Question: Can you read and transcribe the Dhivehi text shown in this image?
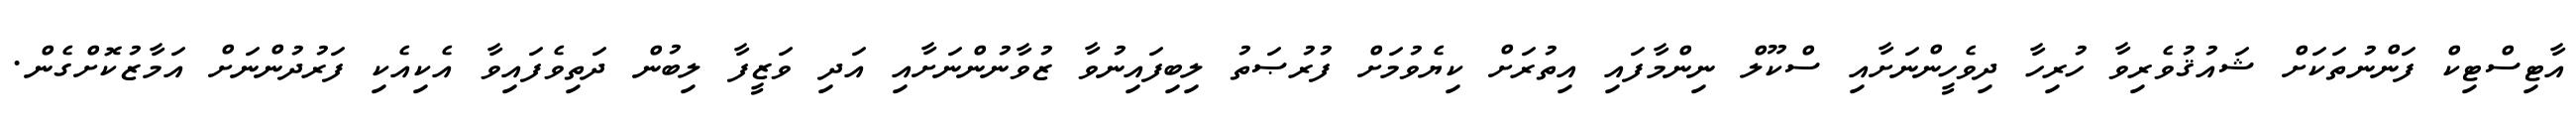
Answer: އާޓިސްޓިކް ފަންނުތަކަށް ޝައުޤުވެރިވާ ހުރިހާ ދިވެހީންނަށާއި ސްކޫލް ނިންމާފައި އިތުރަށް ކިޔެވުމަށް ފުރުޞަތު ލިބިފައިނުވާ ޒުވާނުންނަށާއި އަދި ވަޒީފާ ލިބުން ދަތިވެފައިވާ އެކިއެކި ފަރުދުންނަށް އަމާޒުކޮށްގެން.